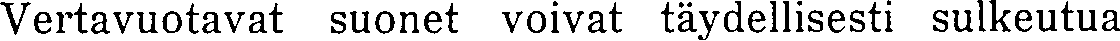
Vertavuotavat suonet voivat täydellisesti sulkeutua